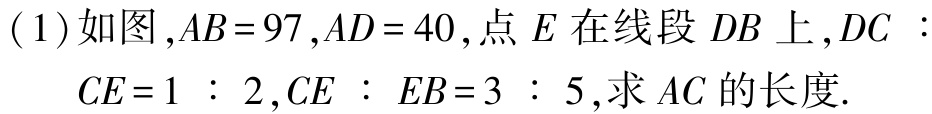
(1)如图,$AB = 97$,$AD = 40$,点$E$在线段$DB$上,$DC:CE = 1:2$,$CE:EB = 3:5$,求$AC$的长度.